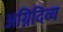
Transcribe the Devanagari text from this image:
अग्निदिव्य